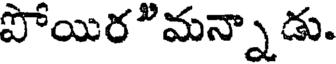
పోయిరి మన్నాడు.